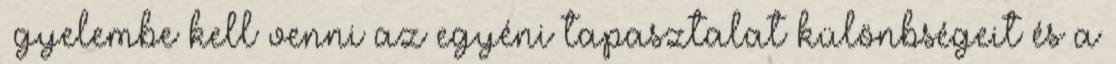
ﬁgyelembe kell venni az egyéni tapasztalat különbségeit és a